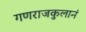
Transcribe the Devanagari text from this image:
गणराजकुलानं